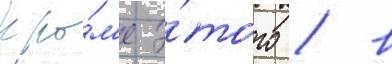
Кро́м'е э́того / в